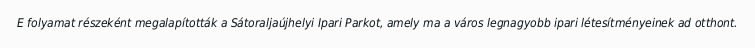
E folyamat részeként megalapították a Sátoraljaújhelyi Ipari Parkot, amely ma a város legnagyobb ipari létesítményeinek ad otthont.